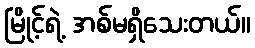
မြိုင့်ရဲ့ အစ်မရှိသေးတယ်။